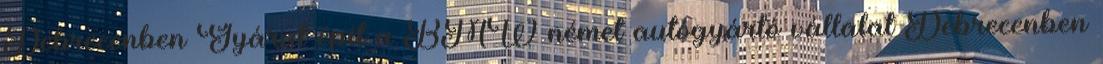
Debrecenben Gyárat épít a BMW német autógyártó vállalat Debrecenben